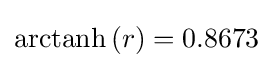
{\textstyle \operatorname {arctanh} \left(r\right)=0.8673}